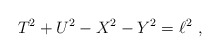
\begin{align*}T^2 + U^2 -X^2 -Y^2 = \ell^2 \ ,\end{align*}